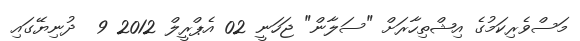
މަސްވެރިކަމުގެ އިޝްތިހާރަށް "ސަލާން" ޖަހަނީ 02 އެޕްރީލް 2012 9  ދުނިޔޭގައި